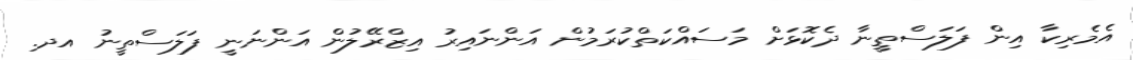
އެމެރިކާ އިން ފަލަސްތީނާ ދެކޮޅަށް މަސައްކަތްކުރަމުން އަންނައިރު އިޒްރޭލުން އަންނަނީ ފަލަސްތީނު އދ.